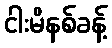
ငါးမိနစ်ခန့်